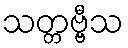
သတ္တဗ္ဗီသ